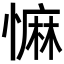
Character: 𢠩